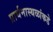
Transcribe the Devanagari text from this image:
प्रार्थनास्थळांकडे